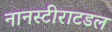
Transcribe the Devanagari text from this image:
नानस्टीराटडल